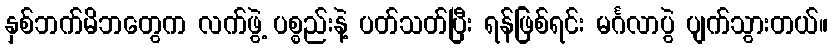
နှစ်ဘက်မိဘတွေက လက်ဖွဲ့ ပစ္စည်းနဲ့ ပတ်သတ်ပြီး ရန်ဖြစ်ရင်း မင်္ဂလာပွဲ ပျက်သွားတယ်။